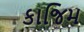
કાજિમ